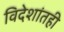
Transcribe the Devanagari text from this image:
विदेशांतही